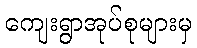
ကျေးရွာအုပ်စုများမှ